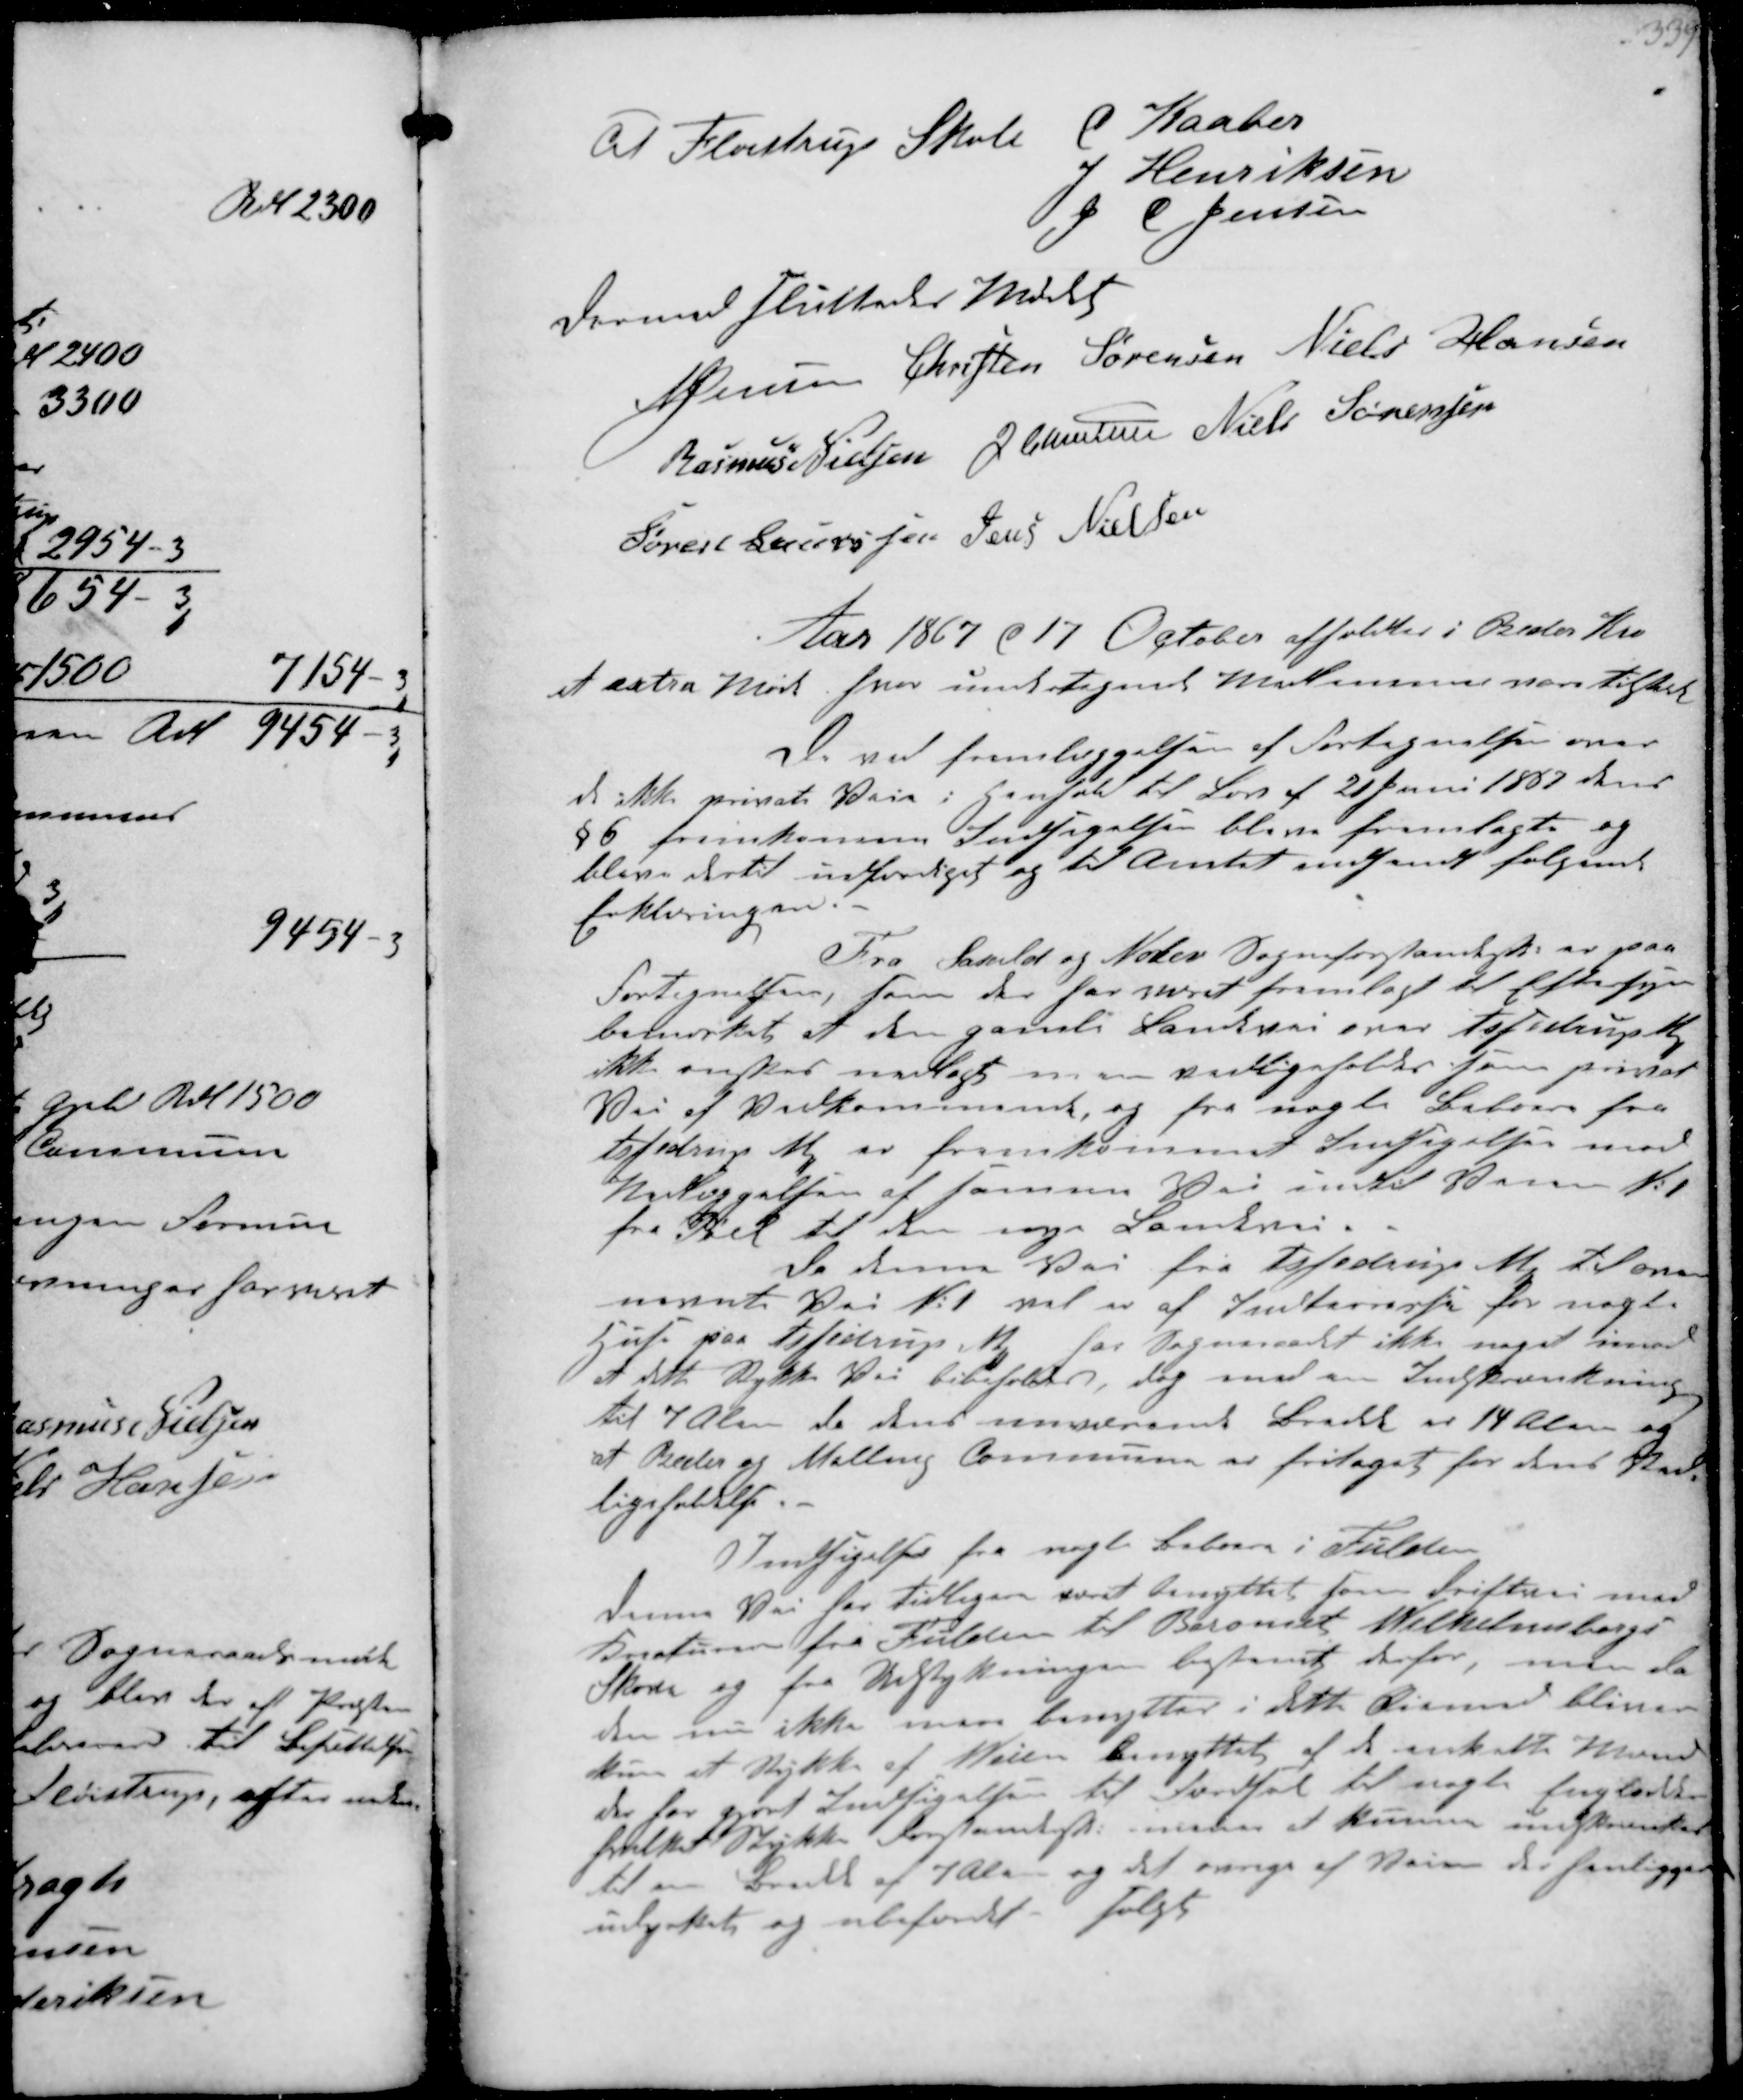
Transskription:
til Aistrup Skole C Kaaber
J Hensiksen
J C Jensen
dermed sluttedes Mødet
N Jensen Christen Sørensen Niels Hansen
Rasmus Nielsen J Christensen Niels Sørensen
Søren Sørensen Jens Nielsen

Aar 1867 d 17 October afholdtes i Beder Kro
at extra Møde hvor undertegnede Medlemmer vare tilstede
De ved fremlæggelsen af Fortegnelsen over
de ikke private Veie i Henhold til Lov af 21 Juni 1807  
§ 6 fremkommen Indsigelser bleve fremlagte og
bleve dertil udfærdiget og til Amtet indsendt følgende
Erklæringer
Fra Saxild og Nølev Sogneforstanderskab er paa
Fortegneten, som der har været fremlagt til Eftersyn
bemærket at den gamle Landevei over Assedrup
ikke ønskes nedlagt men vedligeholdes som privat
Vei af Vedkommende, og fra nogle Beboere fra
Assedrup ₻ er fremkommet Indsigelse mod
Nedlæggelsen af samme Vei intil Veien No 1
fra Pøel til den nye Landevei
Da denne Vei fra Assedrup ₻ til
nævnte Vei No 1 vel er af Interresse for nogte
Huse paa Assedrup ₻ har Sogneraadet ikke noget imod
at dette stykke Vei bibeholdes, dog med en Indskrænkning
til 7 Alen da dens nuværende Bredde er 14 Alen og
at Beder og Malling Kommune er fritaget for dens Ved-
ligeholdelse.
Indsigelse fra nogle Beboere i Fulden
denne Vei har tilligere været benyttet som drifttii med
Kreaturer fra Fulden til Baroniet Wilhelmsborgs
Skove og fra Udstykningen bestemt derfor, men da
den nu ikke mere benyttes i dette Øjemed bliver
kun et stykke af Veien benyttet af de enkelte Mænd
der har gjort Indsigelsen til Færdsel til nogle Englodder
hvilket Stykke Forstanderskabet mener at kunne indskrænke
te en Bredde af 7 Alen og det øvrige af Veien der henliggen
udstykkes og anbefales solgt